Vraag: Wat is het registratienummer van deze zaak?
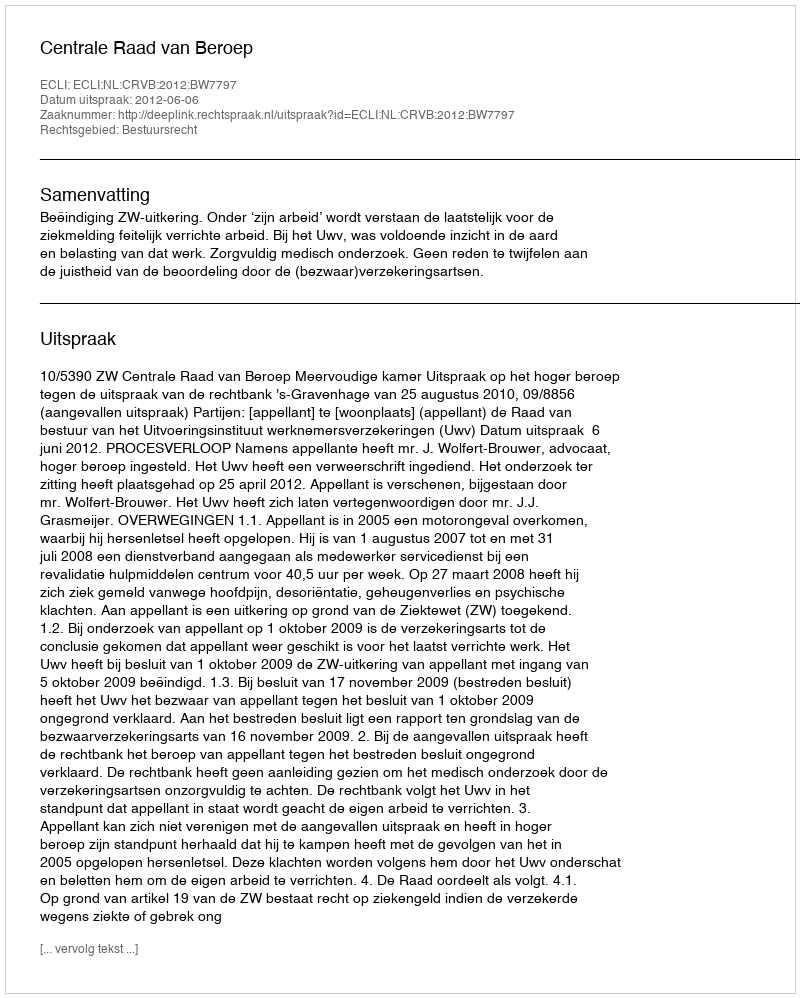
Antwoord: http://deeplink.rechtspraak.nl/uitspraak?id=ECLI:NL:CRVB:2012:BW7797